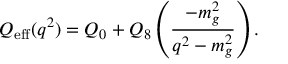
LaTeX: Q _ { \mathrm { e f f } } ( q ^ { 2 } ) = Q _ { 0 } + Q _ { 8 } \left( \frac { - m _ { g } ^ { 2 } } { q ^ { 2 } - m _ { g } ^ { 2 } } \right) .